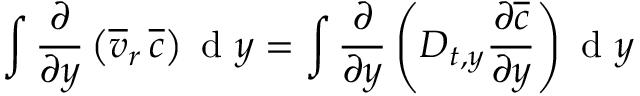
\int \frac { \partial } { \partial y } \left( \overline { { v } } _ { r } \, \overline { { c } } \right) \mathrm { ~ d ~ } y = \int \frac { \partial } { \partial y } \left( D _ { t , y } \frac { \partial \overline { { c } } } { \partial y } \right) \mathrm { ~ d ~ } y